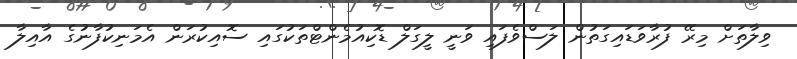
ވިލާތަށް މިރޭ ފުރާވަޑައިގަތުން ލަސްވެފައި ވަނީ ލީގަލް ޑޮކިއުމެންޓްތަކުގައި ސޮއިކުރަން އެމަނިކުފާނުގެ އާއިލާ